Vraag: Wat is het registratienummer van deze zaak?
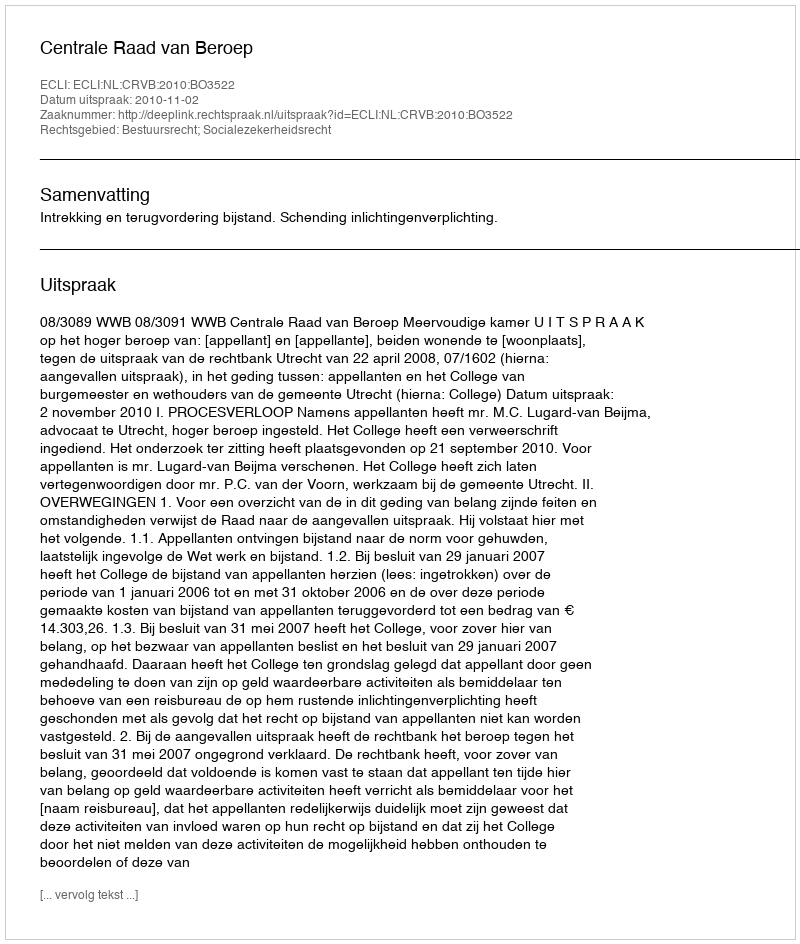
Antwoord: http://deeplink.rechtspraak.nl/uitspraak?id=ECLI:NL:CRVB:2010:BO3522